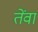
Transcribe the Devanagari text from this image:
तेंवा